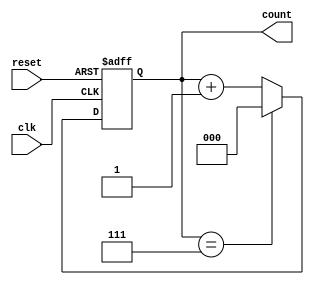
module mod_n_async_counter (
    input wire clk,            // Clock input
    input wire reset,          // Asynchronous reset input
    output reg [2:0] count     // 3-bit count output for Mod-8
);

    parameter N = 8; // Define the modulo value
    wire [2:0] next_count; // Intermediate count value for next state

    // Asynchronous reset and counting logic
    always @(posedge clk or posedge reset) begin
        if (reset) begin
            count <= 3'b000; // Reset count to 0
        end else if (count == (N - 1)) begin
            count <= 3'b000; // Reset count to 0 when reaching N
        end else begin
            count <= next_count; // Move to the next count
        end
    end

    // Next count logic
    assign next_count = count + 1; // Increment the count

endmodule